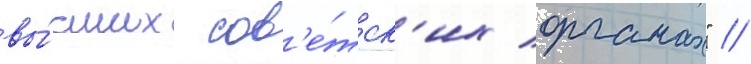
вы́сших сов'е́тск'их органах" //